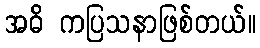
အဓိ ကပြသနာဖြစ်တယ်။